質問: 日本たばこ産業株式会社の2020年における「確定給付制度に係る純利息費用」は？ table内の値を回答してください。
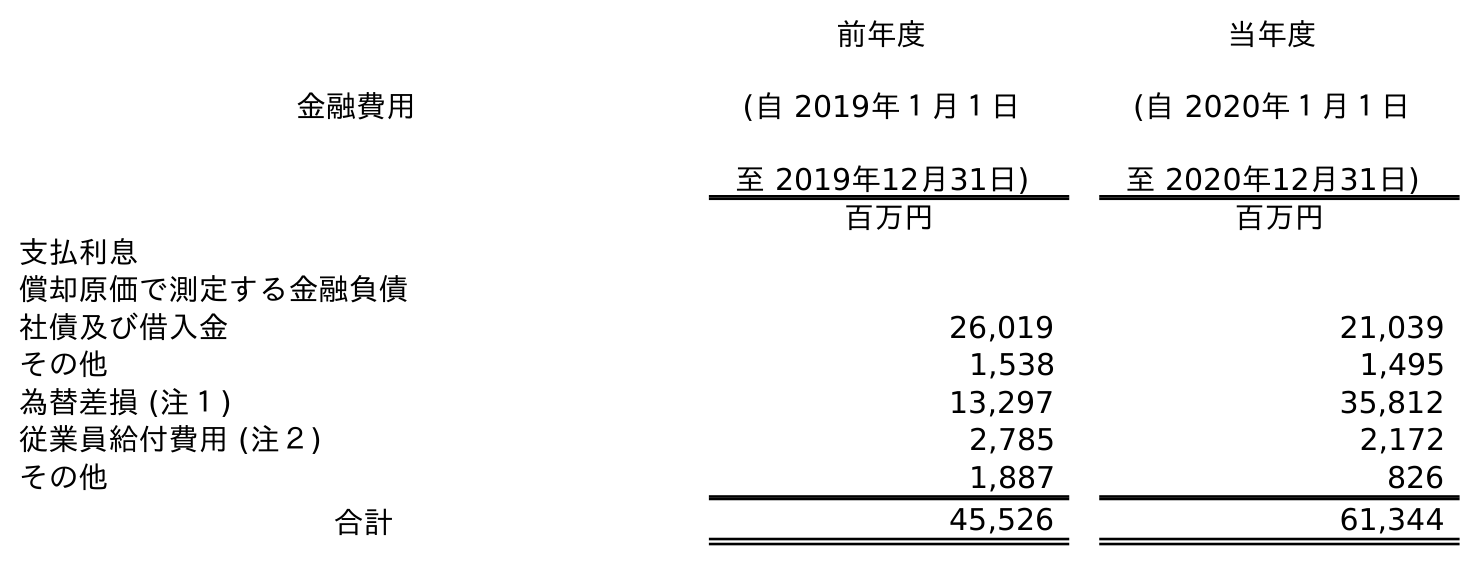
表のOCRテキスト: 金融費用 前年度 (自 2019年１月１日 至 2019年12月31日) 当年度 (自 2020年１月１日 至 2020年12月31日) 百万円 百万円 支払利息 償却原価で測定する金融負債 社債及び借入金 26,019 21,039 その他 1,538 1,495 為替差損 (注１) 13,297 35,812 従業員給付費用 (注２) 2,785 2,172 その他 1,887 826 合計 45,526 61,344
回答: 2,172